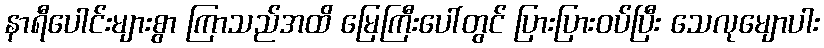
နာရီပေါင်းများစွာ ကြာသည်အထိ မြေကြီးပေါ်တွင် ပြားပြားဝပ်ပြီး သေလုမျောပါး